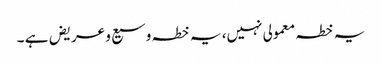
یہ خطہ معمولی نہیں، یہ خطہ وسیع و عریض ہے ۔